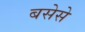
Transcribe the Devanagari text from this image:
बसेसे